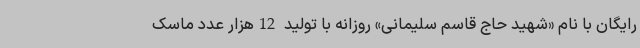
رایگان با نام «شهید حاج قاسم سلیمانی» روزانه با تولید 12هزار عدد ماسک